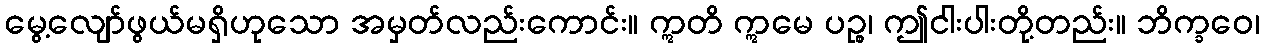
မွေ့လျော်ဖွယ်မရှိဟုသော အမှတ်လည်းကောင်း။ ဣတိ ဣမေ ပဉ္စ၊ ဤငါးပါးတို့တည်း။ ဘိက္ခဝေ၊